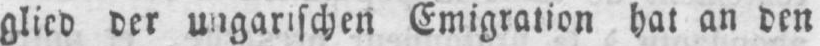
glied der ungarischen Emigration hat an den